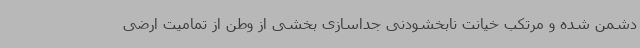
دشمن شده و مرتکب خیانت نابخشودنی جداسازی بخشی از وطن از تمامیت ارضی